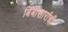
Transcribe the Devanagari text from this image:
बिंबीसारांची